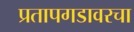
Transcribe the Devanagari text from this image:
प्रतापगडावरचा